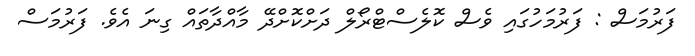
ފަރުމަސް : ފަރުމަހުގައި ވެސް ކޮލެސްޓްރޯލް ދަށްކޮށްދޭ މާއްދާތައް ގިނަ އެވެ. ފަރުމަސް